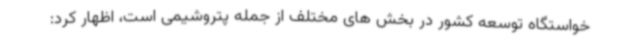
خواستگاه توسعه کشور در بخش های مختلف از جمله پتروشیمی است، اظهار کرد: